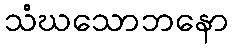
သံဃသောဘနော